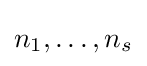
n_{1},\dots ,n_{s}